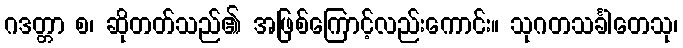
ဂဒတ္တာ စ၊ ဆိုတတ်သည်၏ အဖြစ်ကြောင့်လည်းကောင်း။ သုဂတသင်္ခါတေသု၊